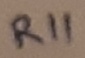
Text: R11